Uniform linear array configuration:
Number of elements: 48
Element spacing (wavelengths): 0.25
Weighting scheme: uniform
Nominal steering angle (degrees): -45
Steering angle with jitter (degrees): -43.157
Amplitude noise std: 0.05
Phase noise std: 0.05

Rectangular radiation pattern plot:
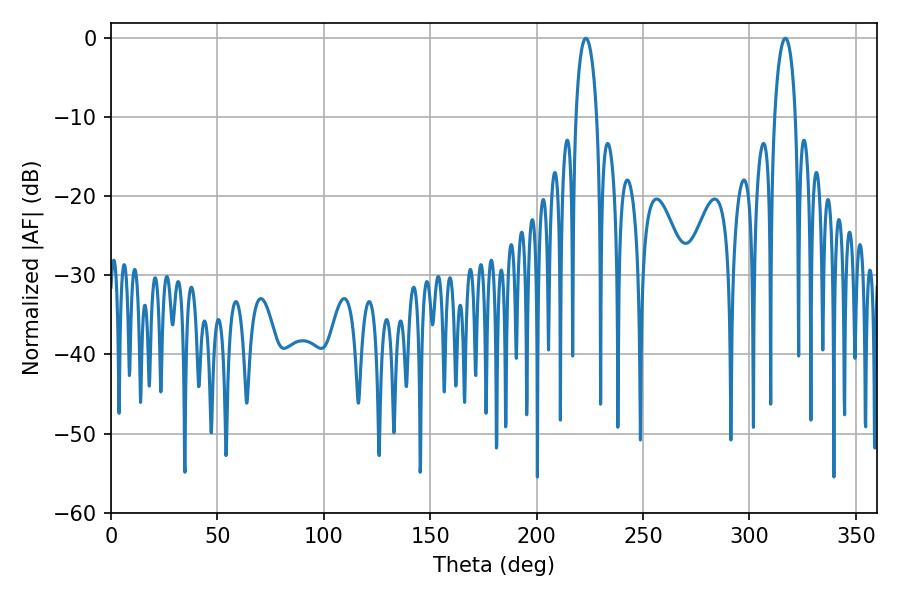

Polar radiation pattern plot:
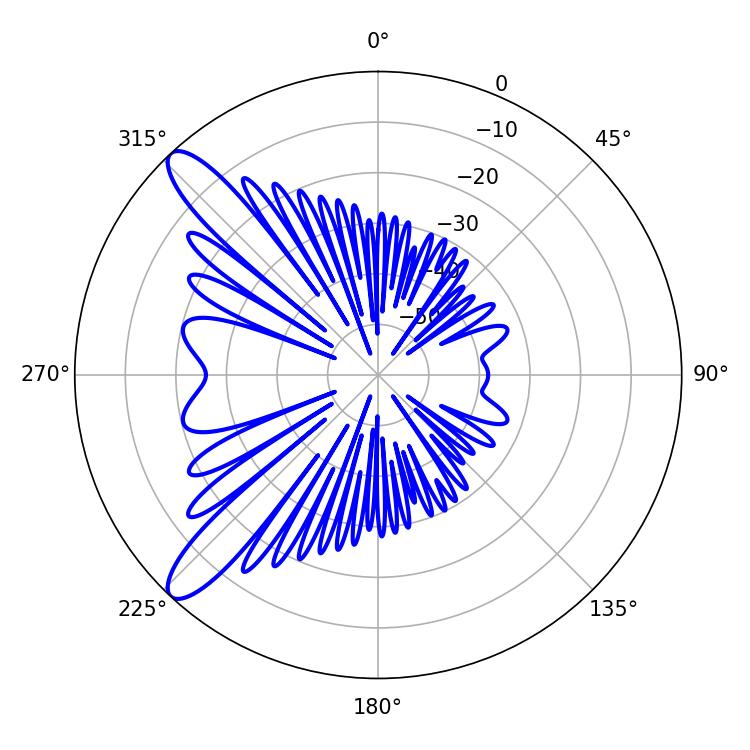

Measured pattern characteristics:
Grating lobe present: FALSE
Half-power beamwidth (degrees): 5.76
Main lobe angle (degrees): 316.8